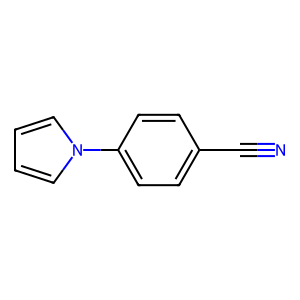
SMILES: N#Cc1ccc(-n2cccc2)cc1
Inhibits HIV replication: No